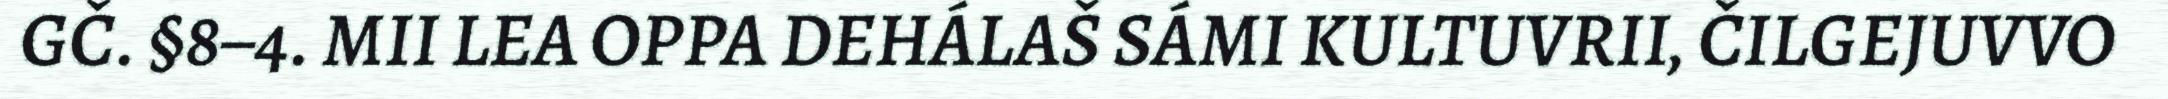
GČ. §8–4. MII LEA OPPA DEHÁLAŠ SÁMI KULTUVRII, ČILGEJUVVO